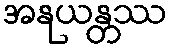
အနုယန္တဿ